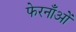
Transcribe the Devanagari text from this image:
फेरनाँओं